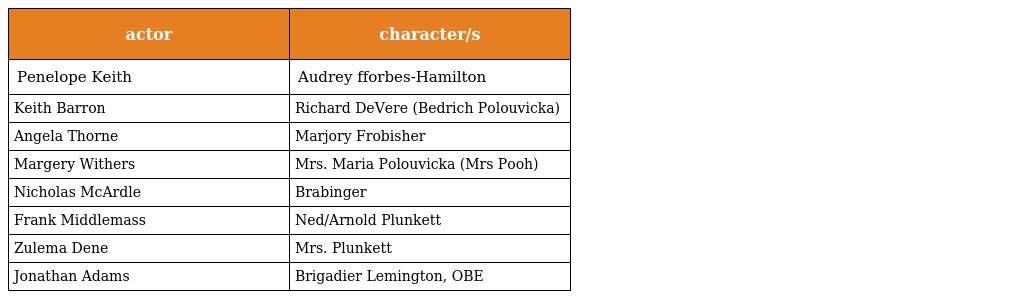
| actor | character/s |
 | --- | --- |
 | Penelope Keith | Audrey fforbes-Hamilton |
 | Keith Barron | Richard DeVere (Bedrich Polouvicka) |
 | Angela Thorne | Marjory Frobisher |
 | Margery Withers | Mrs. Maria Polouvicka (Mrs Pooh) |
 | Nicholas McArdle | Brabinger |
 | Frank Middlemass | Ned/Arnold Plunkett |
 | Zulema Dene | Mrs. Plunkett |
 | Jonathan Adams | Brigadier Lemington, OBE |